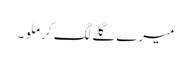
میرے گلے لگ کر ملو۔